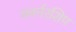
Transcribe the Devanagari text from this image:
गवर्नरशिप